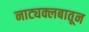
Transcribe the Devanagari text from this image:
नाट्यक्लबातून